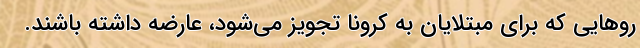
روهایی که برای مبتلایان به کرونا تجویز می‌شود، عارضه داشته باشند.